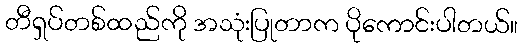
တီရှပ်တစ်ထည်ကို အသုံးပြုတာက ပိုကောင်းပါတယ်။